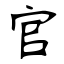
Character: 官